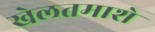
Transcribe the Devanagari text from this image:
खेलतमाशे